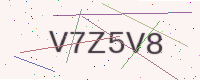
Text: V7Z5V8